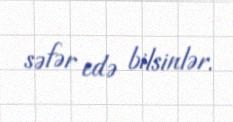
səfər edə bilsinlər.